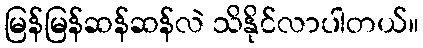
မြန်မြန်ဆန်ဆန်လဲ သိနိုင်လာပါတယ်။